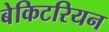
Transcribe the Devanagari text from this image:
बेकिटरियन